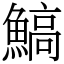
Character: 鰝